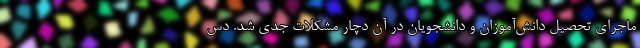
ماجرای تحصیل دانش‌آموزان و دانشجویان در آن دچار مشکلات جدی شد. دس